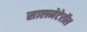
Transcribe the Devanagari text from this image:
सालमेटेरॉल